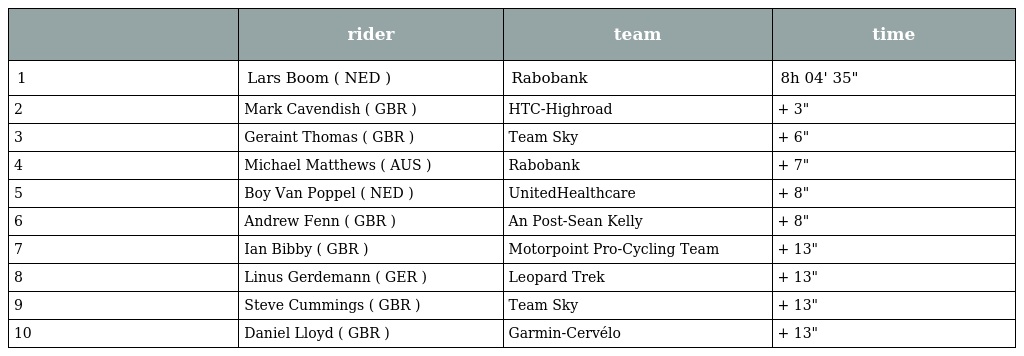
|  | rider | team | time |
 | --- | --- | --- | --- |
 | 1 | Lars Boom ( NED ) | Rabobank | 8h 04' 35" |
 | 2 | Mark Cavendish ( GBR ) | HTC-Highroad | + 3" |
 | 3 | Geraint Thomas ( GBR ) | Team Sky | + 6" |
 | 4 | Michael Matthews ( AUS ) | Rabobank | + 7" |
 | 5 | Boy Van Poppel ( NED ) | UnitedHealthcare | + 8" |
 | 6 | Andrew Fenn ( GBR ) | An Post-Sean Kelly | + 8" |
 | 7 | Ian Bibby ( GBR ) | Motorpoint Pro-Cycling Team | + 13" |
 | 8 | Linus Gerdemann ( GER ) | Leopard Trek | + 13" |
 | 9 | Steve Cummings ( GBR ) | Team Sky | + 13" |
 | 10 | Daniel Lloyd ( GBR ) | Garmin-Cervélo | + 13" |